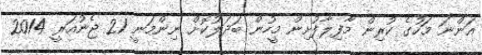
އަންނަ މަހުގެ ކުރިން މާފިލާފުށިން މީހުން ބަދަލުކޮށް ނިންމަނީ 21 ޖެނުއަރީ 2014